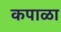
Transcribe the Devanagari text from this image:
कपाळा